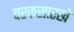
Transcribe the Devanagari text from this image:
चरकसारखे